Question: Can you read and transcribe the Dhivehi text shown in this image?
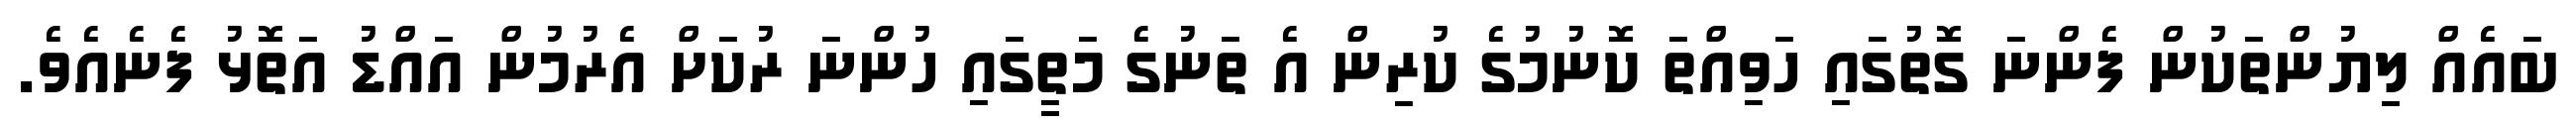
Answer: ބައެއް ލިޔުންތަކުން ފެންނަ ގޮތުގައި ހަވިއްތަ ކޮނުމުގެ ކުރިން އެ ތަނުގެ މަތީގައި ހުންނަ ރުކަށް އެރުމުން އައްޑު އަތޮޅު ފެނެއެވެ.